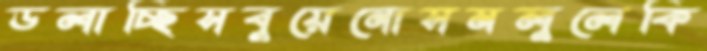
ডলাচ্ছিসবুয়েনোসমলুলেকি